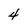
Character: 4